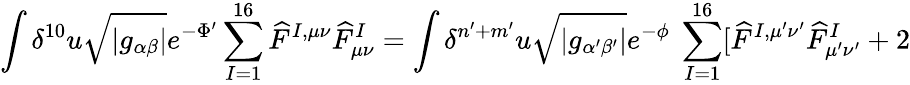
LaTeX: \int\delta^{10}u\sqrt{|g_{\alpha\beta}|}e^{-\Phi^{\prime}}\sum_{I=1}^{16}\widehat{F}^{I,\mu\nu}\widehat{F}_{\mu\nu}^{I}=\int\delta^{n^{\prime}+m^{\prime}}u\sqrt{|g_{\alpha^{\prime}\beta^{\prime}}|}e^{-\phi}~\sum_{I=1}^{16}[\widehat{F}^{I,\mu^{\prime}\nu^{\prime}}\widehat{F}_{\mu^{\prime}\nu^{\prime}}^{I}+2